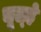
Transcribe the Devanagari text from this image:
चूल्‍हे